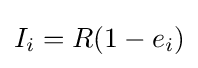
I_{i}=R(1-e_{i})